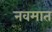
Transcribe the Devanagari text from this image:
नवमात